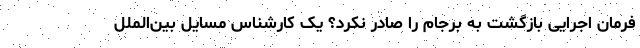
فرمان اجرایی بازگشت به برجام را صادر نکرد؟ یک کارشناس مسایل بین‌الملل